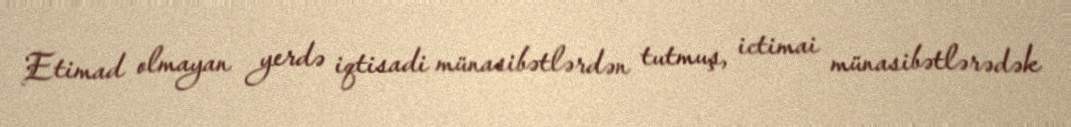
Etimad olmayan yerdə iqtisadi münasibətlərdən tutmuş, ictimai münasibətlərədək